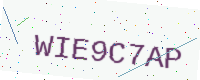
Text: WIE9C7AP